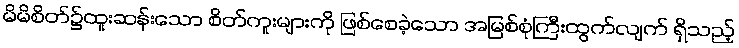
မိမိစိတ်၌ထူးဆန်းသော စိတ်ကူးများကို ဖြစ်စေခဲ့သော အမြစ်စုံကြီးထွက်လျက် ရှိသည့်